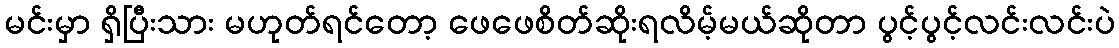
မင်းမှာ ရှိပြီးသား မဟုတ်ရင်တော့ ဖေဖေစိတ်ဆိုးရလိမ့်မယ်ဆိုတာ ပွင့်ပွင့်လင်းလင်းပဲ